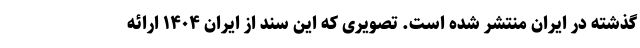
گذشته در ایران منتشر شده است. تصویری که این سند از ایران ۱۴۰۴ ارائه